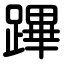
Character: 蹕